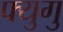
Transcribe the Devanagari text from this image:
फ्युगु